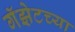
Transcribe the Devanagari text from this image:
गॅझेटच्या